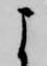
よ